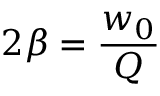
2 \beta = \frac { w _ { 0 } } { Q }